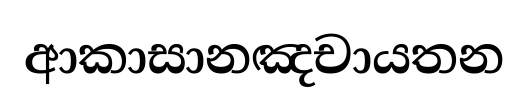
ආකාසානඤචායතන